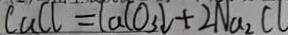
C u C l = l a C O _ { 3 } \downarrow + 2 N a _ { 2 } C l